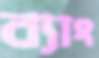
ব্যাং